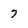
Character: 7